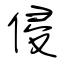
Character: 侵